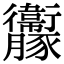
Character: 𧲝